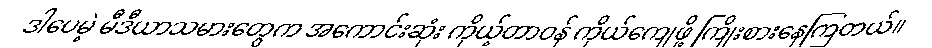
ဒါပေမဲ့ မီဒီယာသမားတွေက အကောင်းဆုံး ကိုယ့်တာဝန် ကိုယ်ကျေဖို့ ကြိုးစားနေကြတယ်။